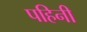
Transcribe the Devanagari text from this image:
पहिनी